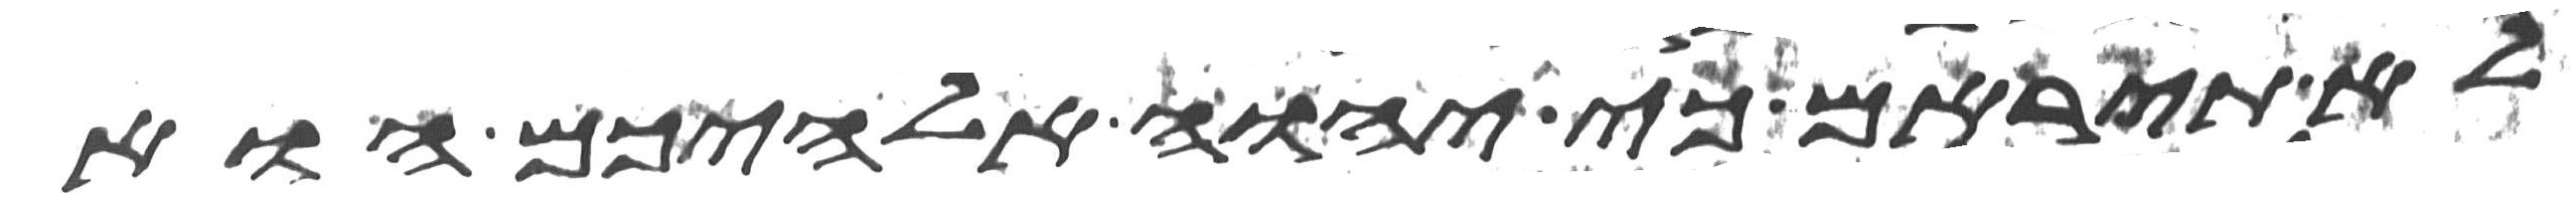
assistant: לא תיראם כי יהוה אלהיכם הוא